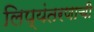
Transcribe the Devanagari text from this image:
लिप्यंतरणाची